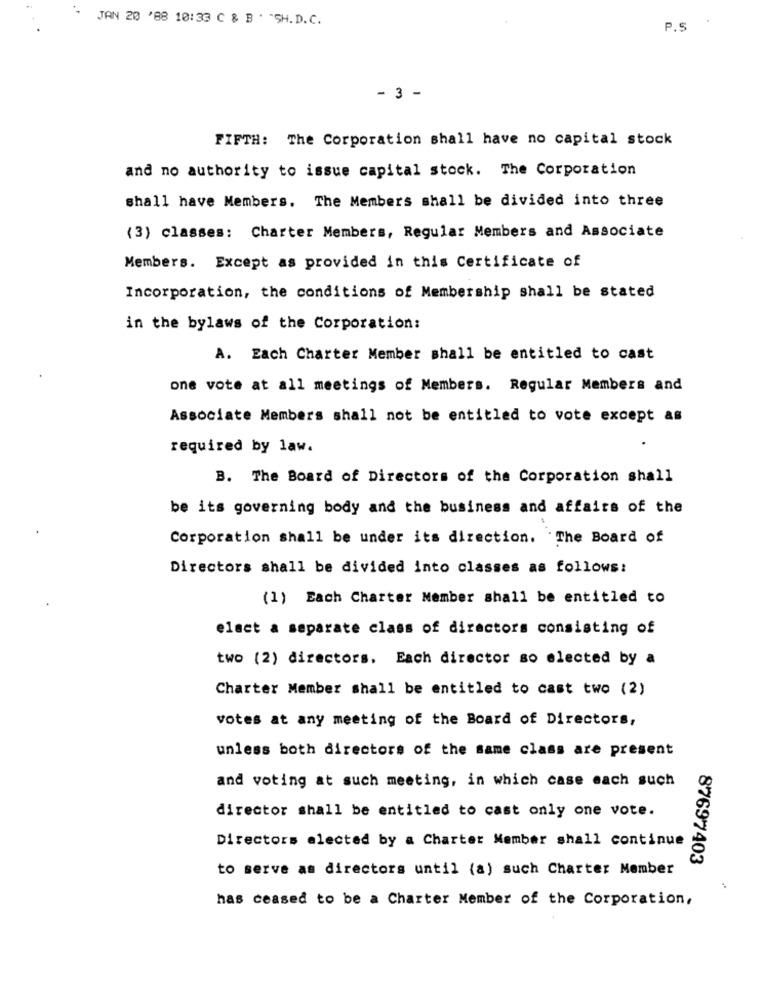
JAN 20 '88 10:33 C & B . "SH.D.C.
P.S
- 3 -
FIFTH: The Corporation shall have no capital stock
and no authority to issue capital stock. The Corporation
shall have Members. The Members shall be divided into three
(3) classes: Charter Members, Regular Members and Associate
Members. Except as provided in this Certificate of
Incorporation, the conditions of Membership shall be stated
in the bylaws of the Corporation:
A. Each Charter Member shall be entitled to cast
one vote at all meetings of Members. Regular Members and
Associate Members shall not be entitled to vote except as
required by law.
B. The Board of Directors of the Corporation shall
be its governing body and the business and affairs of the
Corporation shall be under its direction. The Board of
Directors shall be divided into classes as follows:
(1) Each Charter Member shall be entitled to
elact a separate class of directors consisting of
two (2) directors. Each director so elected by a
Charter Member shall be entitled to cast two (2)
votes at any meeting of the Board of Directors,
unless both directors of the same class are present
and voting at such meeting, in which case each such
director shall be entitled to cast only one vote.
Directors elected by a Charter Member shall continue
to serve as directors until (a) such Charter Member
87697403
has ceased to be a Charter Member of the Corporation,